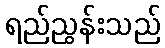
ရည်ညွန်းသည်